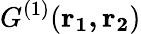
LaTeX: {G^{(1)}}(\mathbf{r_{1},r_{2}})